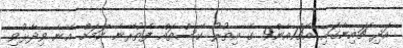
އަދި ޗައިނާގައި އެޗް7އެން9 ގެ އިތުރު ކޭސްތައް ފެތުރޭނެ ކަމަށް އޭނާ ވިދާޅުވި